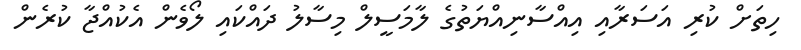
ހިތަށް ކުރި އަސަރާއި އިއްސާނިއްޔަތުގެ ލާމަސީލް މިސާލު ދައްކައި ލޯވެން އެކުއްޖާ ކުރެން